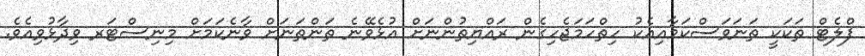
ފްލެޓް ތަކަކީ ތަނަވަސްކަމާއިއެކު ހިތްހަމަޖެހިގެން ރައްޔިތުންނަށް އުޅެވޭނެ ތަންތަނަށް ވާނެކަމަށް މިނިސްޓަރ ވިދާޅުވިއެވެ.